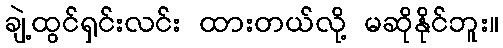
ချဲ့ထွင်ရှင်းလင်း ထားတယ်လို့ မဆိုနိုင်ဘူး။